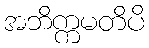
အဘိက္ကမတိပိ